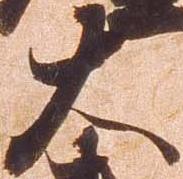
大